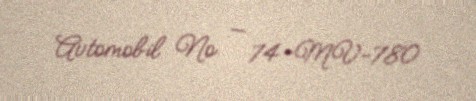
Avtomobil № — 74-MV-780